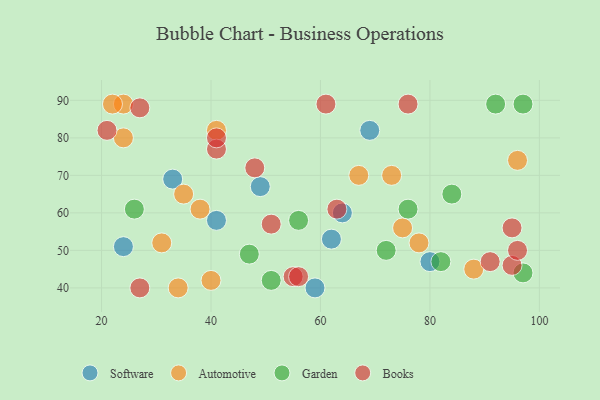
{"axis": {"x": "GDP", "y": "Life Expectancy"}, "legend": ["Automotive", "Books", "Garden", "Software"], "data": [{"x": "49", "y": 67, "type": "Software"}, {"x": "80", "y": 47, "type": "Software"}, {"x": "64", "y": 60, "type": "Software"}, {"x": "33", "y": 69, "type": "Software"}, {"x": "24", "y": 51, "type": "Software"}, {"x": "69", "y": 82, "type": "Software"}, {"x": "62", "y": 53, "type": "Software"}, {"x": "41", "y": 58, "type": "Software"}, {"x": "59", "y": 40, "type": "Software"}, {"x": "35", "y": 65, "type": "Automotive"}, {"x": "88", "y": 45, "type": "Automotive"}, {"x": "24", "y": 80, "type": "Automotive"}, {"x": "67", "y": 70, "type": "Automotive"}, {"x": "38", "y": 61, "type": "Automotive"}, {"x": "41", "y": 82, "type": "Automotive"}, {"x": "24", "y": 89, "type": "Automotive"}, {"x": "73", "y": 70, "type": "Automotive"}, {"x": "78", "y": 52, "type": "Automotive"}, {"x": "96", "y": 74, "type": "Automotive"}, {"x": "40", "y": 42, "type": "Automotive"}, {"x": "31", "y": 52, "type": "Automotive"}, {"x": "22", "y": 89, "type": "Automotive"}, {"x": "34", "y": 40, "type": "Automotive"}, {"x": "75", "y": 56, "type": "Automotive"}, {"x": "82", "y": 47, "type": "Garden"}, {"x": "84", "y": 65, "type": "Garden"}, {"x": "26", "y": 61, "type": "Garden"}, {"x": "76", "y": 61, "type": "Garden"}, {"x": "97", "y": 89, "type": "Garden"}, {"x": "72", "y": 50, "type": "Garden"}, {"x": "51", "y": 42, "type": "Garden"}, {"x": "92", "y": 89, "type": "Garden"}, {"x": "97", "y": 44, "type": "Garden"}, {"x": "56", "y": 58, "type": "Garden"}, {"x": "47", "y": 49, "type": "Garden"}, {"x": "76", "y": 89, "type": "Books"}, {"x": "95", "y": 46, "type": "Books"}, {"x": "61", "y": 89, "type": "Books"}, {"x": "41", "y": 77, "type": "Books"}, {"x": "48", "y": 72, "type": "Books"}, {"x": "21", "y": 82, "type": "Books"}, {"x": "63", "y": 61, "type": "Books"}, {"x": "41", "y": 80, "type": "Books"}, {"x": "27", "y": 40, "type": "Books"}, {"x": "51", "y": 57, "type": "Books"}, {"x": "96", "y": 50, "type": "Books"}, {"x": "27", "y": 88, "type": "Books"}, {"x": "55", "y": 43, "type": "Books"}, {"x": "95", "y": 56, "type": "Books"}, {"x": "56", "y": 43, "type": "Books"}, {"x": "91", "y": 47, "type": "Books"}]}